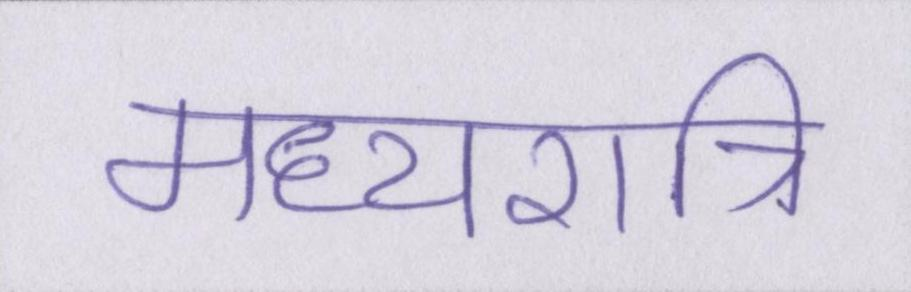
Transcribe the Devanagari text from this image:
मध्यरात्रि